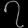
Digit: ၇